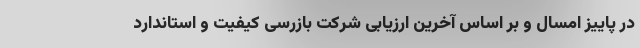
در پاییز امسال و بر اساس آخرین ارزیابی شرکت بازرسی کیفیت و استاندارد